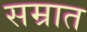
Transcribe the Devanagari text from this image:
सम्रात